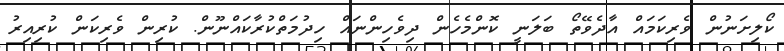
ކޯލިށަނުން ވެރިކަމައް އާދެވޭތޯ ބަލަނީ ކޮންމެހެން ދިވެހިންނައް ހިދުމަތްކުރާކައްނޫން. ކުރިން ވެރިކަން ކުރިއިރު